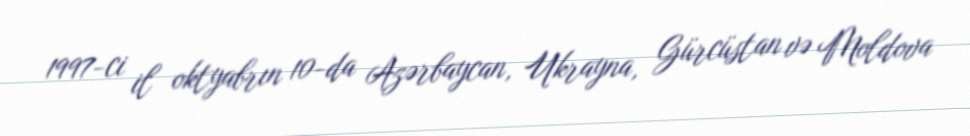
1997-ci il oktyabrın 10-da Azərbaycan, Ukrayna, Gürcüstan və Moldova